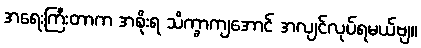
အရေးကြီးတာက အစိုးရ သိက္ခာကျအောင် အလျင်လုပ်ရမယ်ဗျ။